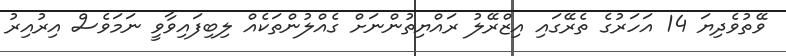
ވޭތުވެދިޔަ 14 އަހަރުގެ ތެރޭގައި އިޒްރޭލު ރައްޔިތުންނަށް ގެއްލުންތަކެއް ލިބިފައިވާވީ ނަމަވެސް އިރުއިރު